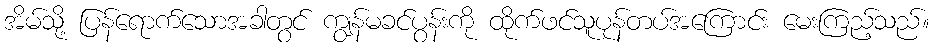
အိမ်သို့ ပြန်ရောက်သောအခါတွင် ကျွန်မခင်ပွန်းကို ထိုက်ဖင်သူပုန်တပ်အကြောင်း မေးကြည့်သည်။